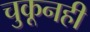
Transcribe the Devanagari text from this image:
चुकूनही